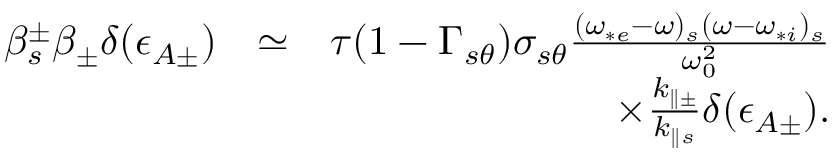
\begin{array} { r l r } { \beta _ { s } ^ { \pm } \beta _ { \pm } \delta ( \epsilon _ { A \pm } ) } & { \simeq } & { \tau ( 1 - \Gamma _ { s \theta } ) \sigma _ { s \theta } \frac { ( \omega _ { * e } - \omega ) _ { s } ( \omega - \omega _ { * i } ) _ { s } } { \omega _ { 0 } ^ { 2 } } } \\ & { } & { \times \frac { k _ { \parallel \pm } } { k _ { \parallel s } } \delta ( \epsilon _ { A \pm } ) . } \end{array}